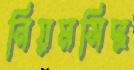
নিয়মসিদ্ধ